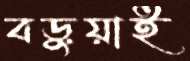
বড়ুয়াই